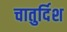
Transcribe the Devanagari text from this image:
चातुर्दिश